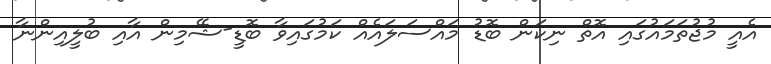
އެއީ މުޖުތަމައުގައި އޮތް ނިކަން ބޮޑު މައްސަލައެއް ކަމުގައިވާ ބޮޑީ-ޝޭމިން އާއި ބުލީއިންނާ